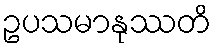
ဥပသမာနုဿတိ